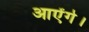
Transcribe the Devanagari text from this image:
आऐंगे।